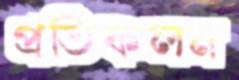
প্রতিফলন